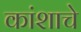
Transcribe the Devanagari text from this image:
कांशाचे